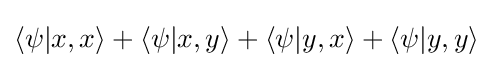
\langle \psi |x,x\rangle +\langle \psi |x,y\rangle +\langle \psi |y,x\rangle +\langle \psi |y,y\rangle